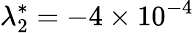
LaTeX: \lambda_{2}^{*}=-4\times 10^{-4}